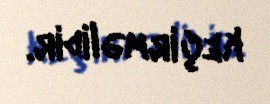
keçirməlidir.